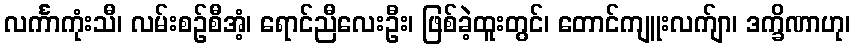
လင်္ကာကုံးသီ၊ လမ်းစဉ်စီအံ့၊ ရောင်ညီလေးဦး၊ ဖြစ်ခဲ့ထူးတွင်၊ တောင်ကျူးလက်ျာ၊ ဒက္ခိဏာဟု၊